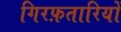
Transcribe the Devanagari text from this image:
गिरफ़तारियों